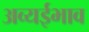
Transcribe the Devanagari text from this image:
अव्यईभाव